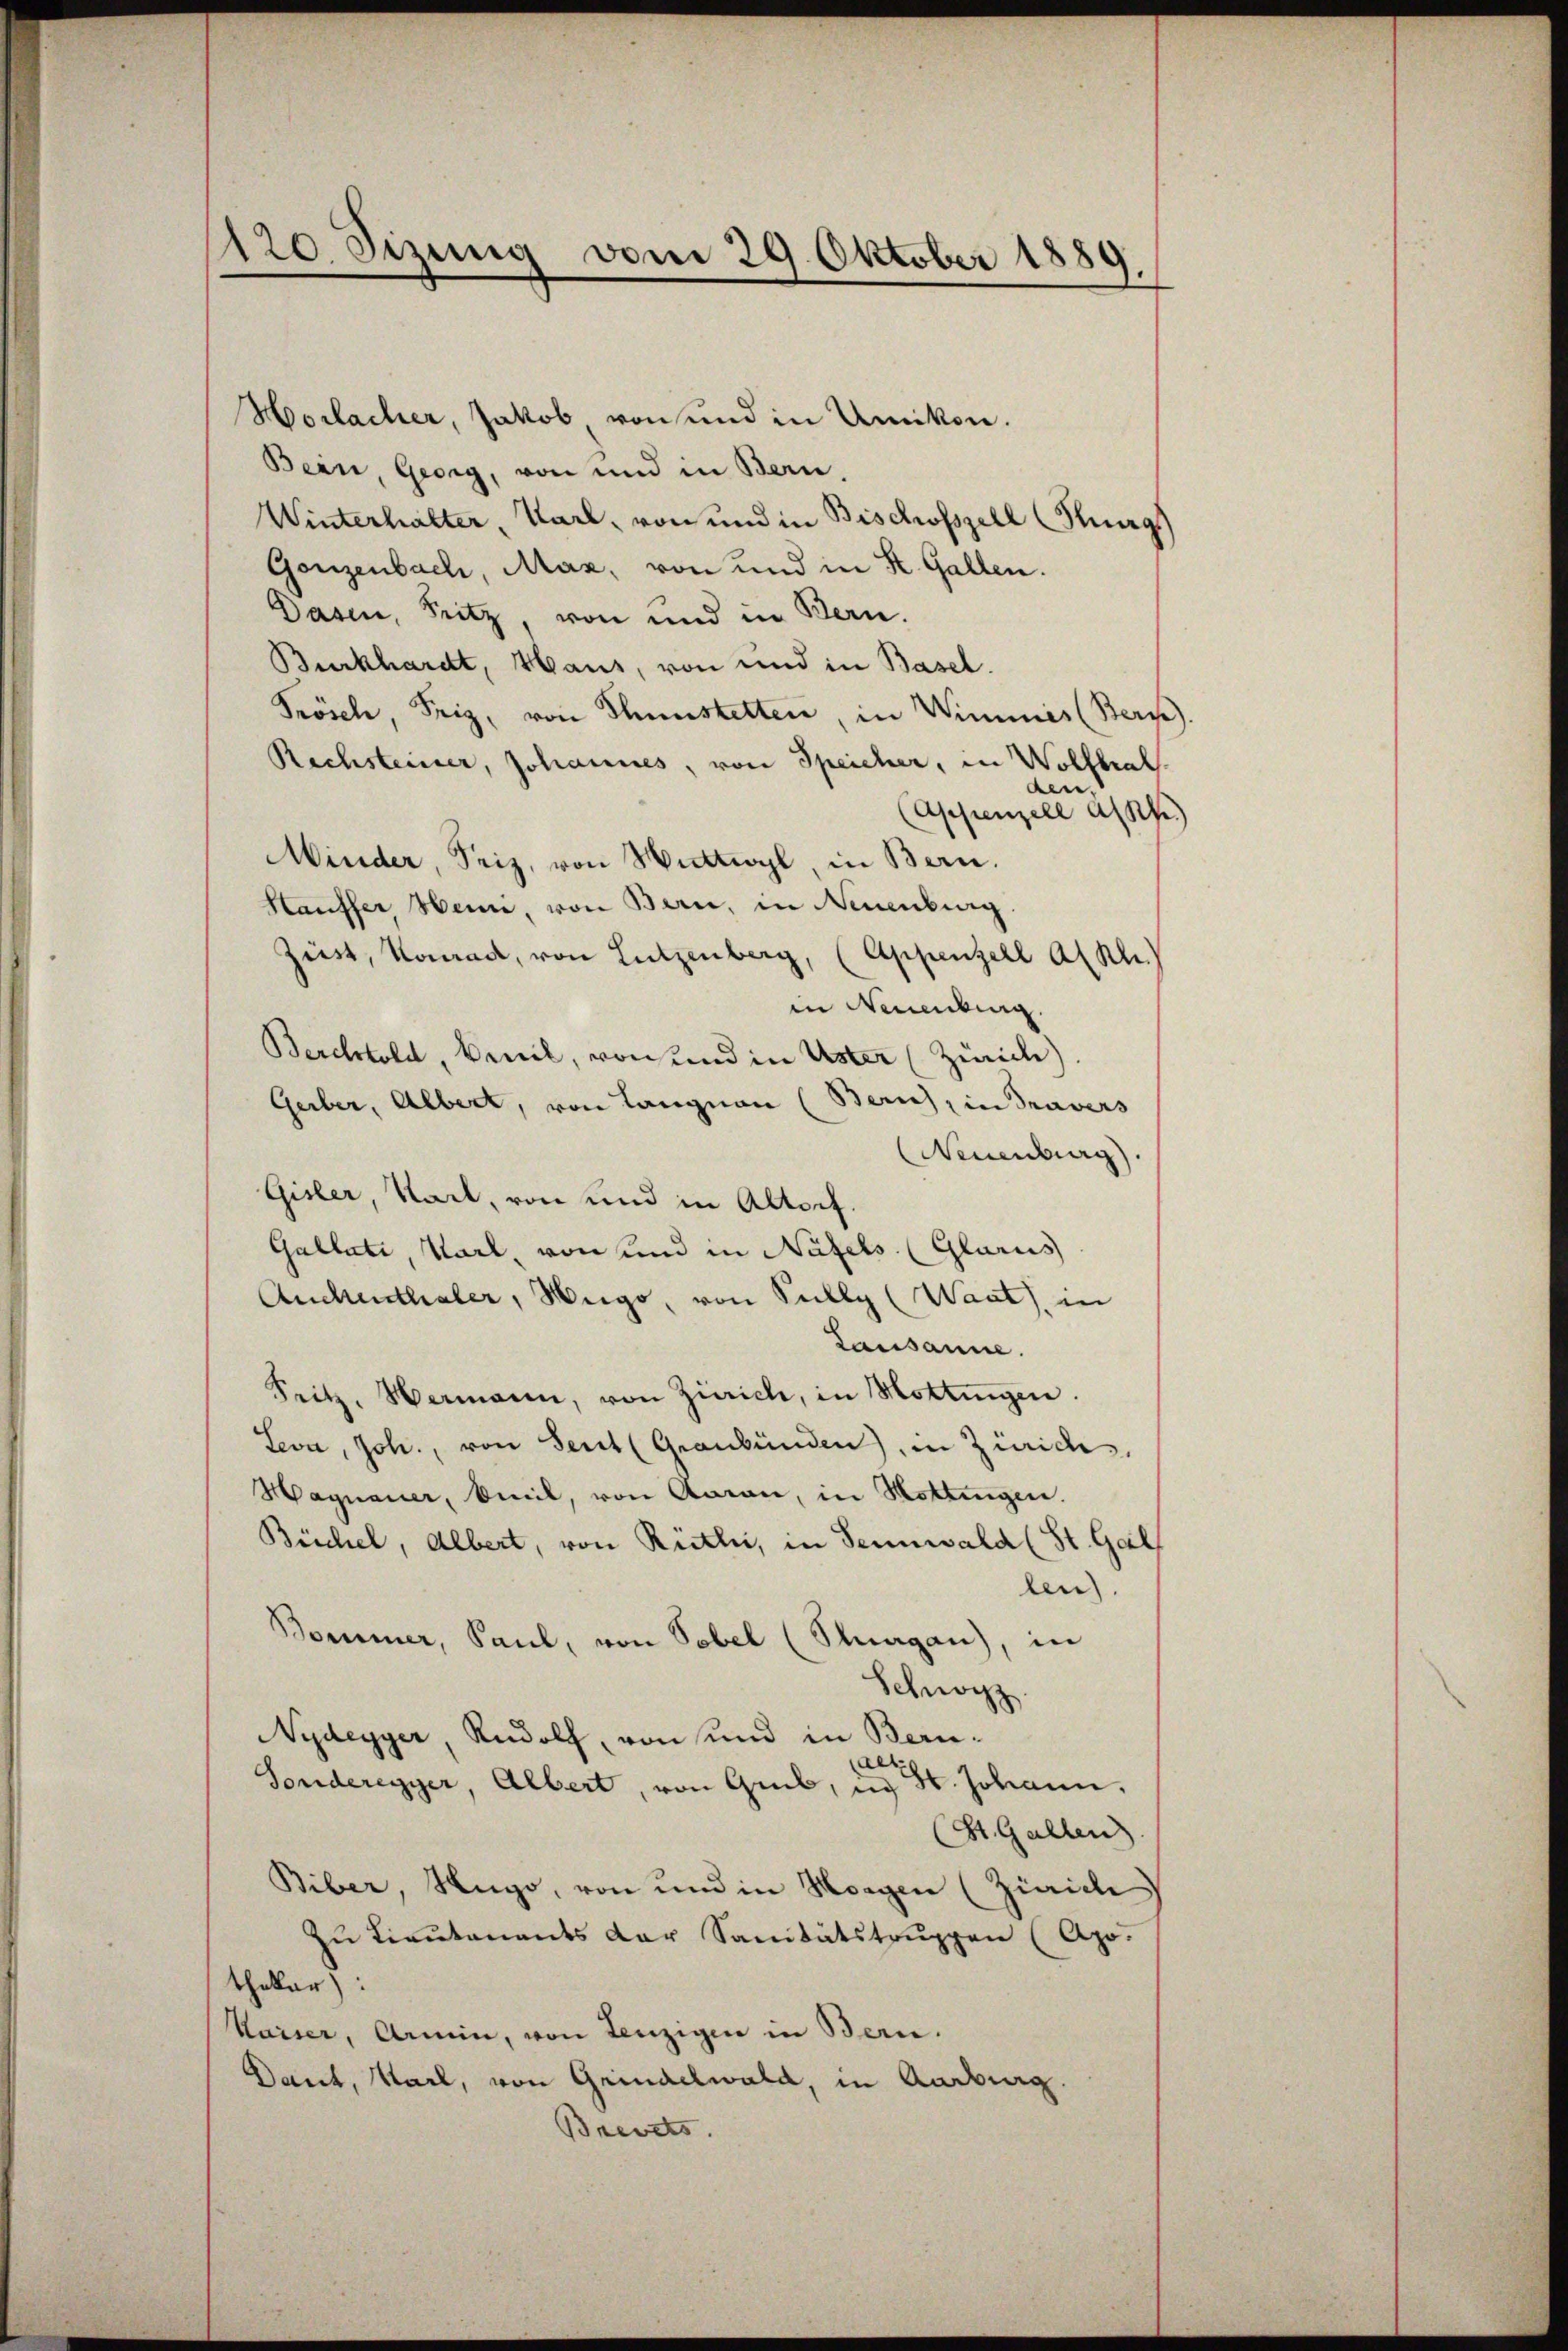
120. Sizung vom 29. Oktober 1889.

Horlacher, Jakob von und in Amikon.
Bein, Georg, von und in Bern,
Winterhalter, Karl, von und in Bischofszell Hung
Ganzenbach, Maz, von und in K. Gallen.
Dasen, Pritz, von und in Bern.
Burkhardt, Haus, von und in Basel.
Frösch, Frig, von Thunstetten, in Wimmes (Bern).
Rechsteiner, Johannes, von Speicher, in Wolfbral.
aene.
Appenzell als
Minder, Friz, von Nuttoyl, in Bern.
Hauffer, Name, von Bern, in Neuenburg
Züst, Konrad, von Lützenberg, (Appenzell A.Rh.)
in Neuenburg.
Berchtold, Beil, von und in Uster (Zürich).
Gerber, Albert, von Langnau (Bern, in Travers
(Neuenburg.
Gisler, Sail, von und in Altorf.
Gallati, Karl von und in Näfels (Glarus
Auchenthaler, Hugo, von Sully (Want), in
Lausanne.
Fritz, Hermann, von Zürich, in Mottingen.
Leva, Joh., von Seit (Graubünden), in Zürich,
Hagnauer, beeil, von Garan, in Mottingen.
Büchel, Albert, von Rütli, in Sennwald (St. Gal
len).
Bommer, Saul, von Tobel (Stuagan), in
auoi
Nydeyyer, Rudolf, von und in Beruaer
Sonderegger, Albert, von Greb, in St. Johann.
(St. Gallen.
Biber, Hugo, von und in Horgen (Zürich
Zu Lieutenants der Sanitätstruppen (Apo.
thekar:
Kaiser, Armin, von Lenzigen in Bern.
Daut, Karl, von Grindelwald, in Aadorg.
Brevets.